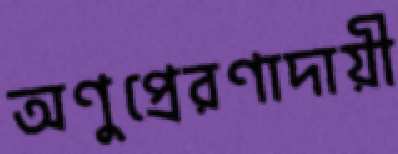
অণুপ্রেরণাদায়ী